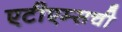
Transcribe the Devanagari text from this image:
एटीएम्सची